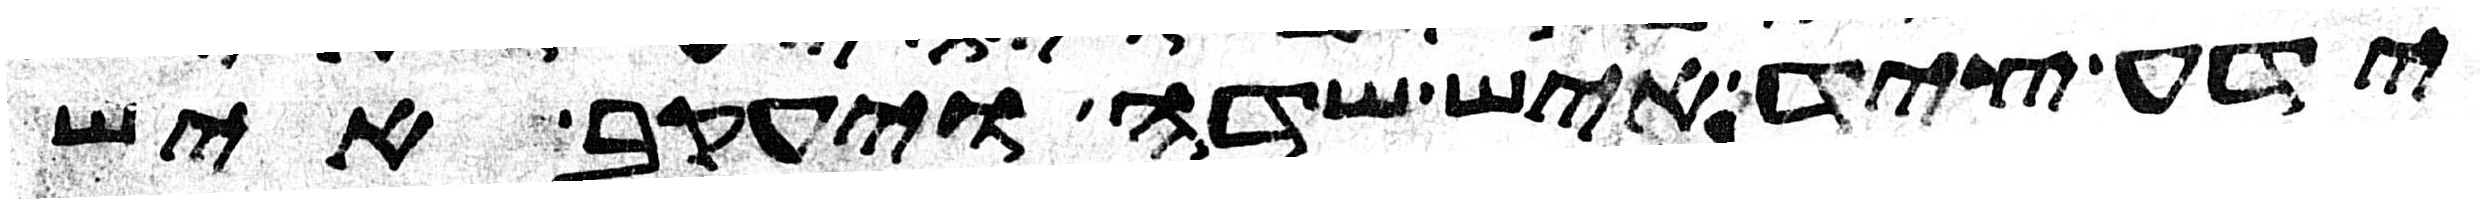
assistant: ידע ציד איש שדה ויעקב איש